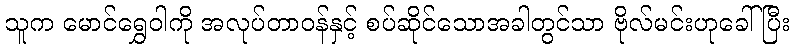
သူက မောင်ရွှေဝါကို အလုပ်တာဝန်နှင့် စပ်ဆိုင်သောအခါတွင်သာ ဗိုလ်မင်းဟုခေါ်ပြီး